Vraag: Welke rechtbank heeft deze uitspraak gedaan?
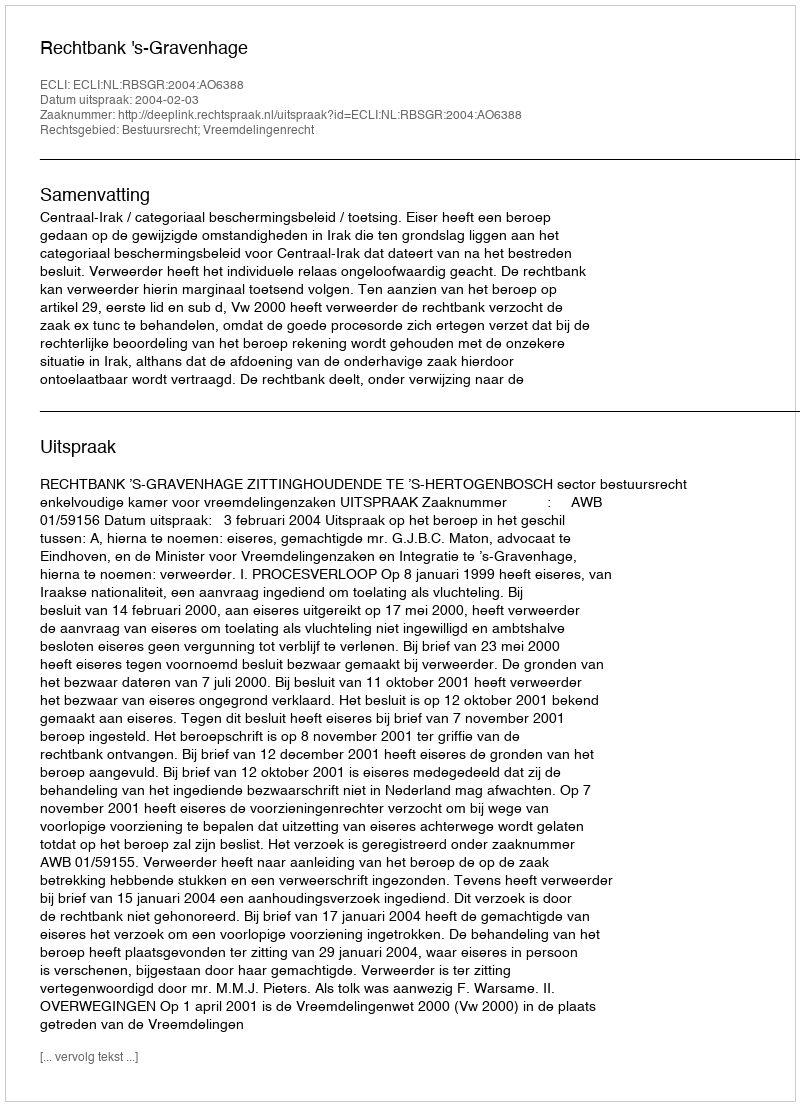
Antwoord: Rechtbank 's-Gravenhage